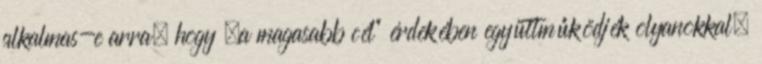
al­kalmas-e arra, hogy „a magasabb cél” érdekében együtt­mű­ködjék olyanokkal,